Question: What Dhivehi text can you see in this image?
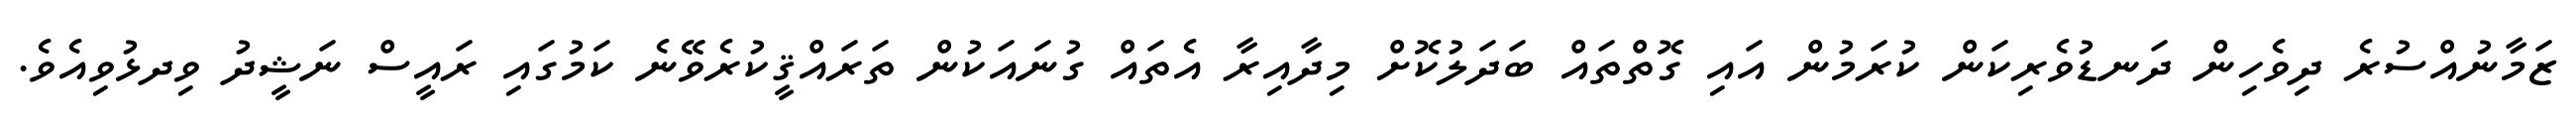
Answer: ޒަމާނުއްސުރެ ދިވެހިން ދަނޑުވެރިކަން ކުރަމުން އައި ގޮތްތައް ބަދަލުކޮށް މިދާއިރާ އެތައް ގުނައަކުން ތަރައްޤީކުރެވޭނެ ކަމުގައި ރައީސް ނަޝީދު ވިދޅުވިއެވެ.